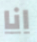
انا